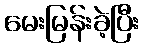
မေးမြန်းခဲ့ပြီး